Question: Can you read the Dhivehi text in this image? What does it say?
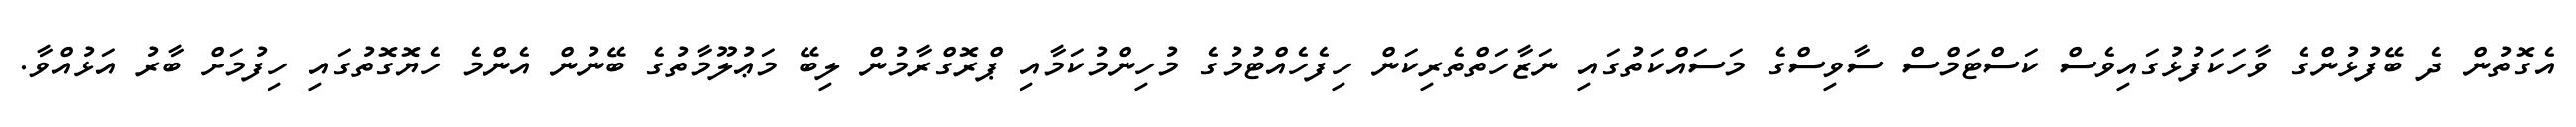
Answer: އެގޮތުން ދެ ބޭފުޅުންގެ ވާހަކަފުޅުގައިވެސް ކަސްޓަމްސް ސާވިސްގެ މަސައްކަތުގައި ނަޒާހަތްތެރިކަން ހިފެހެއްޓުމުގެ މުހިންމުކަމާއި ޕްރޮގްރާމުން ލިބޭ މަޢުލޫމާތުގެ ބޭނުން އެންމެ ހެޔޮގޮތުގައި ހިފުމަށް ބާރު އަޅުއްވާ.